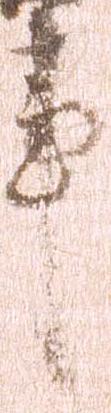
事